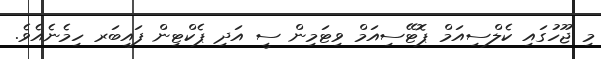
މި ޖޫހުގައި ކެލްސިއަމް ޕޮޓޭސިއަމް ވިޓަމިން ސީ އަދި ޕެކްޓިން ފައިބަރ ހިމެނެއެވެ.